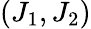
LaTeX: (J_{1},J_{2})